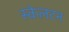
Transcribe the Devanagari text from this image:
स्केलटन